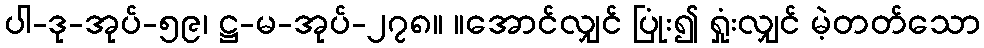
ပါ-ဒု-အုပ်-၅၉၊ ဋ္ဌ-မ-အုပ်-၂၇၈။ ။အောင်လျှင် ပြုံး၍ ရှုံးလျှင် မဲ့တတ်သော